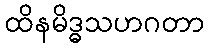
ထိနမိဒ္ဓသဟဂတာ